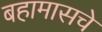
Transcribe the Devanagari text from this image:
बहामासचे